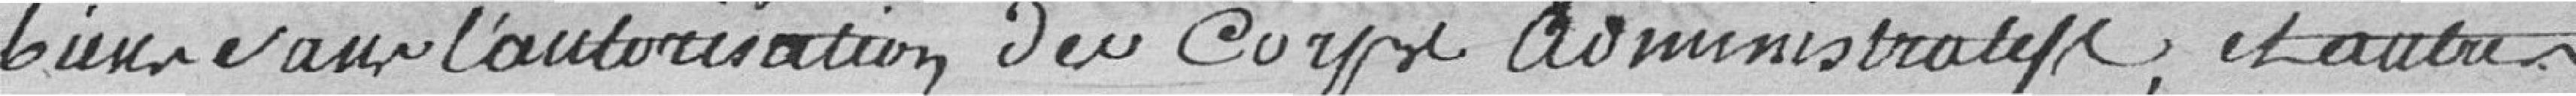
biens sans l’autorisation du corps administratif, et autres